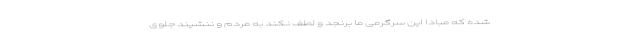
شده که مبادا این سرگرمی ما برنجد و لطف نکند به مردم و ننشیند جلوی